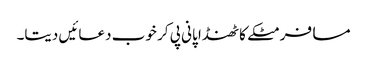
مسافر مٹکے کا ٹھنڈا پانی پی کر خوب دعائیں دیتا۔